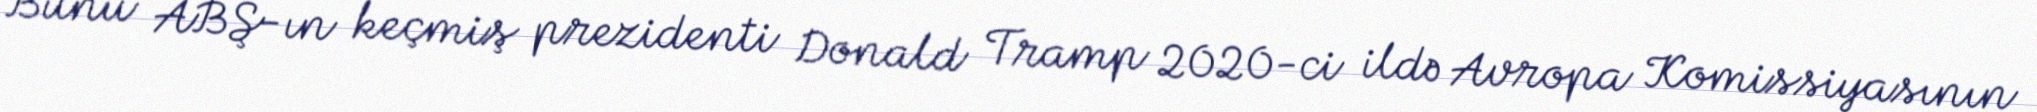
Bunu ABŞ-ın keçmiş prezidenti Donald Tramp 2020-ci ildə Avropa Komissiyasının